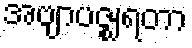
အဗျာပဇ္ဈရတာ